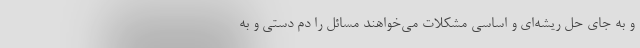
و به جای حل ریشه‌ای و اساسی مشکلات می‌خواهند مسائل را دم دستی و به